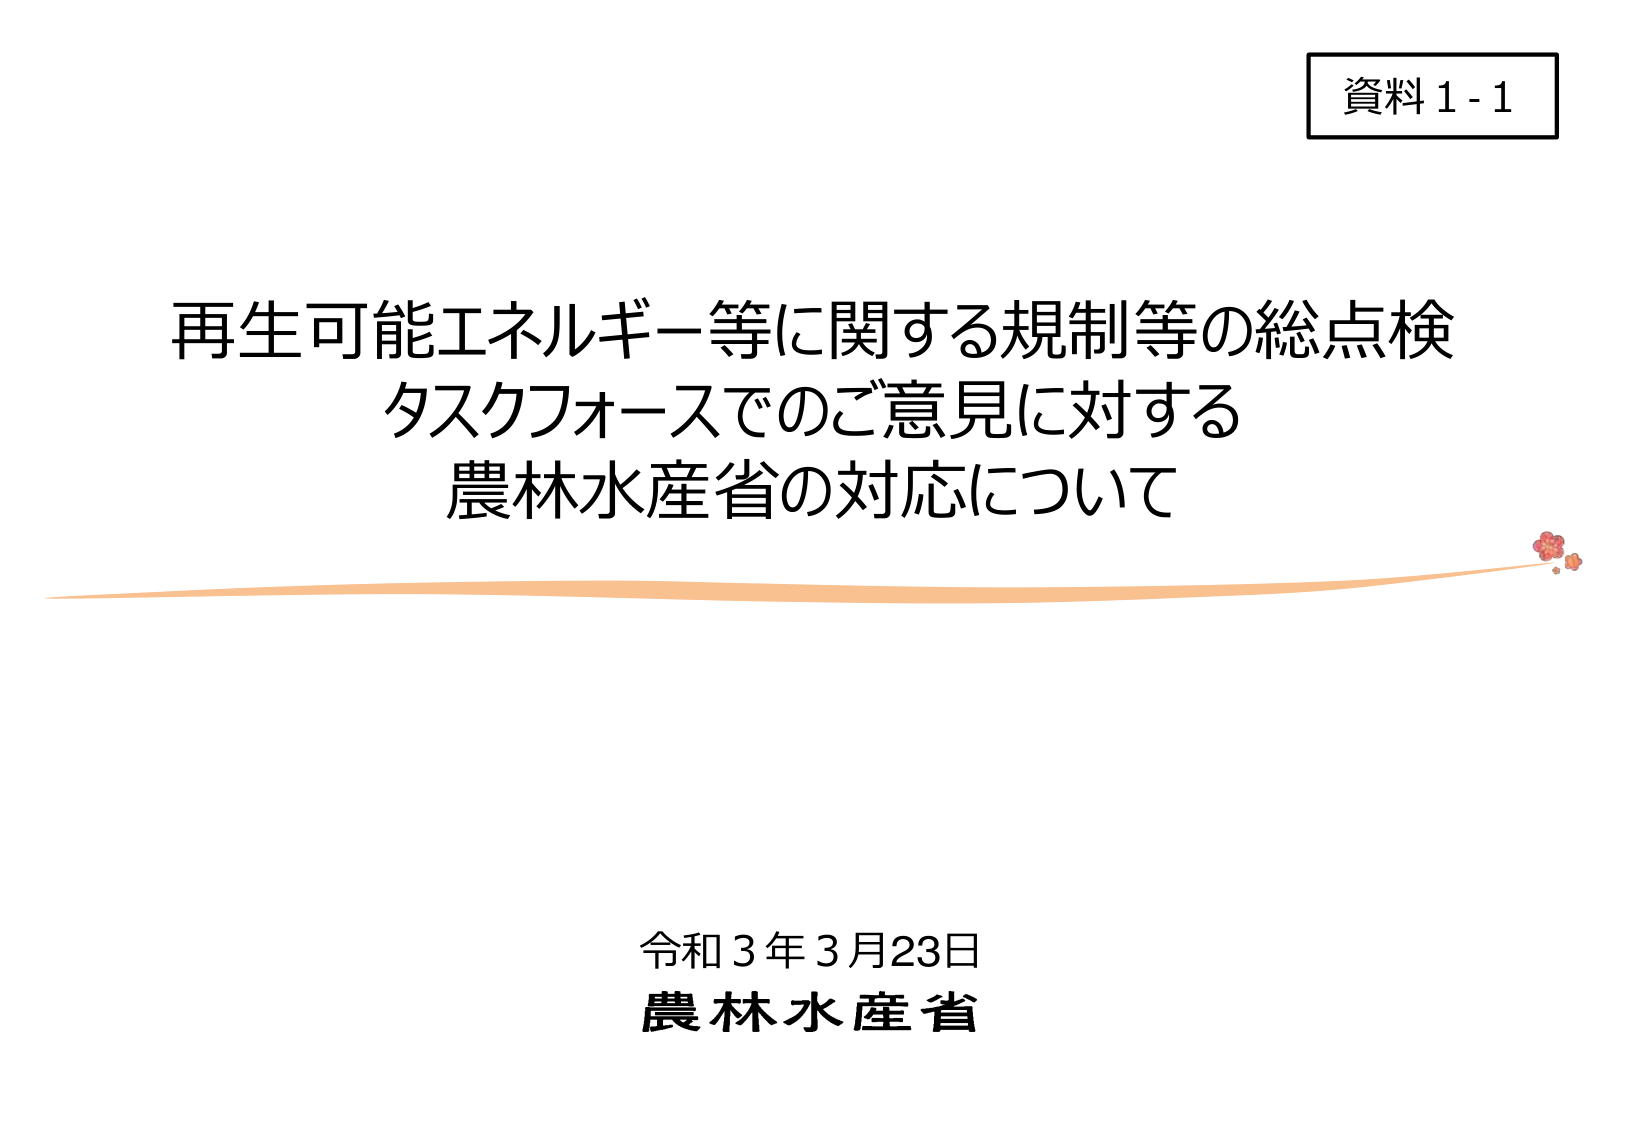
資料1-1

再生可能エネルギー等に関する規制等の総点検
タスクフォースでのご意見に対する
農林水産省の対応について

令和3年3月23日
農林水産省